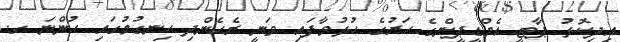
އިދިކޮޅު ޕާޓީ އެމްޑީޕީންގެ ހަރުގެ ހުޅުވާފައި ވަނީ ރެހެންދި ހިނގުމުގައި ހުންނަ ގ.